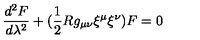
\frac { d ^ { 2 } F } { d \lambda ^ { 2 } } + ( \frac { 1 } { 2 } R g _ { \mu \nu } { \xi } ^ { \mu } { \xi } ^ { \nu } ) F = 0